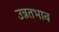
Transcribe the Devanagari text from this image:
उन्नतभाव